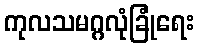
ကုလသမဂ္ဂလုံခြုံရေး